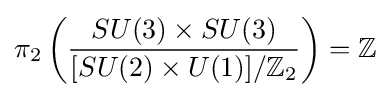
\pi _{2}\left({\frac {SU(3)\times SU(3)}{[SU(2)\times U(1)]/\mathbb {Z} _{2}}}\right)=\mathbb {Z}